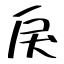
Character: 戾